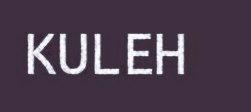
KULEH